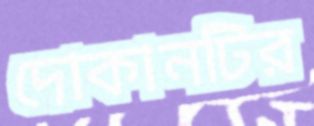
দোকানটির